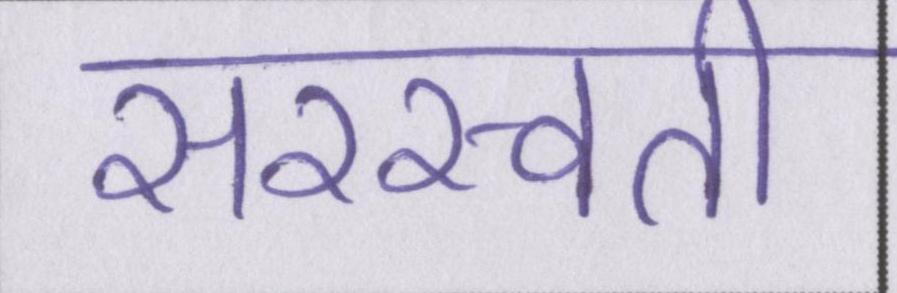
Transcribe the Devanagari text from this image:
सरस्वती